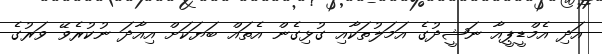
އަދި އެމްޑީޕީއާ ނަޝީދުގެ އަމަލުތަކާއި ގުޅިގެން އެތައް ބަޔަކަށް އިއާދަ ނުކުރެވޭ ވަރުގެ